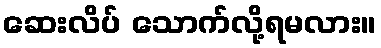
ဆေးလိပ် သောက်လို့ရမလား။